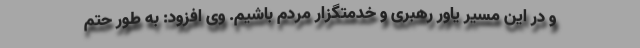
و در این مسیر یاور رهبری و خدمتگزار مردم باشیم. وی افزود: به طور حتم